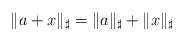
LaTeX: \begin{align*}\|a+x\|_\sharp=\|a\|_\sharp+\|x\|_\sharp\end{align*}